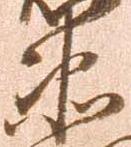
衛